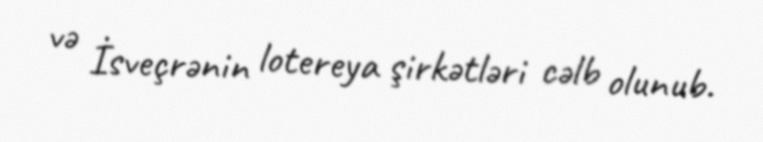
və İsveçrənin lotereya şirkətləri cəlb olunub.